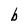
Character: b